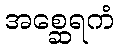
အစ္ဆေရကံ